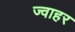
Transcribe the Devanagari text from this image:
ज्वाहर